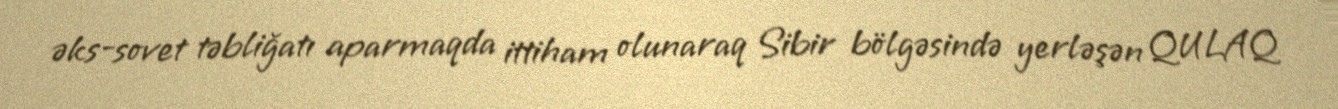
əks-sovet təbliğatı aparmaqda ittiham olunaraq Sibir bölgəsində yerləşən QULAQ